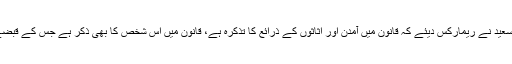
خواجہ حارث کی جانب سے نیب قانون شق (5 اے) کا حوالہ دینے پر جسٹس عظمت سعید نے ریمارکس دیئے کہ قانون میں آمدن اور اثاثوں کے ذرائع کا تذکرہ ہے، قانون میں اس شخص کا بھی ذکر ہے جس کے قبضے میں اثاثہ ہو اور اثاثے جس کے زیر استعمال ہوں وہ بھی بے نامی دار ہو سکتا ہے۔